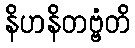
နိဟနိတဗ္ဗံတိ